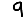
Digit: 9